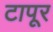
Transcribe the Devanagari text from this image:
टापूर